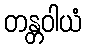
တန္တဝါယံ